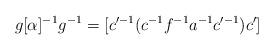
LaTeX: \begin{align*}g[\alpha]^{-1}g^{-1}=[c'^{-1}(c^{-1}f^{-1}a^{-1}c'^{-1})c'] \end{align*}